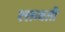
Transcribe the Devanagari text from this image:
रक्तवती